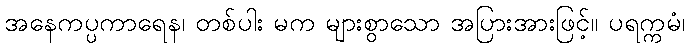
အနေကပ္ပကာရေန၊ တစ်ပါး မက များစွာသော အပြားအားဖြင့်။ ပရက္ကမံ၊